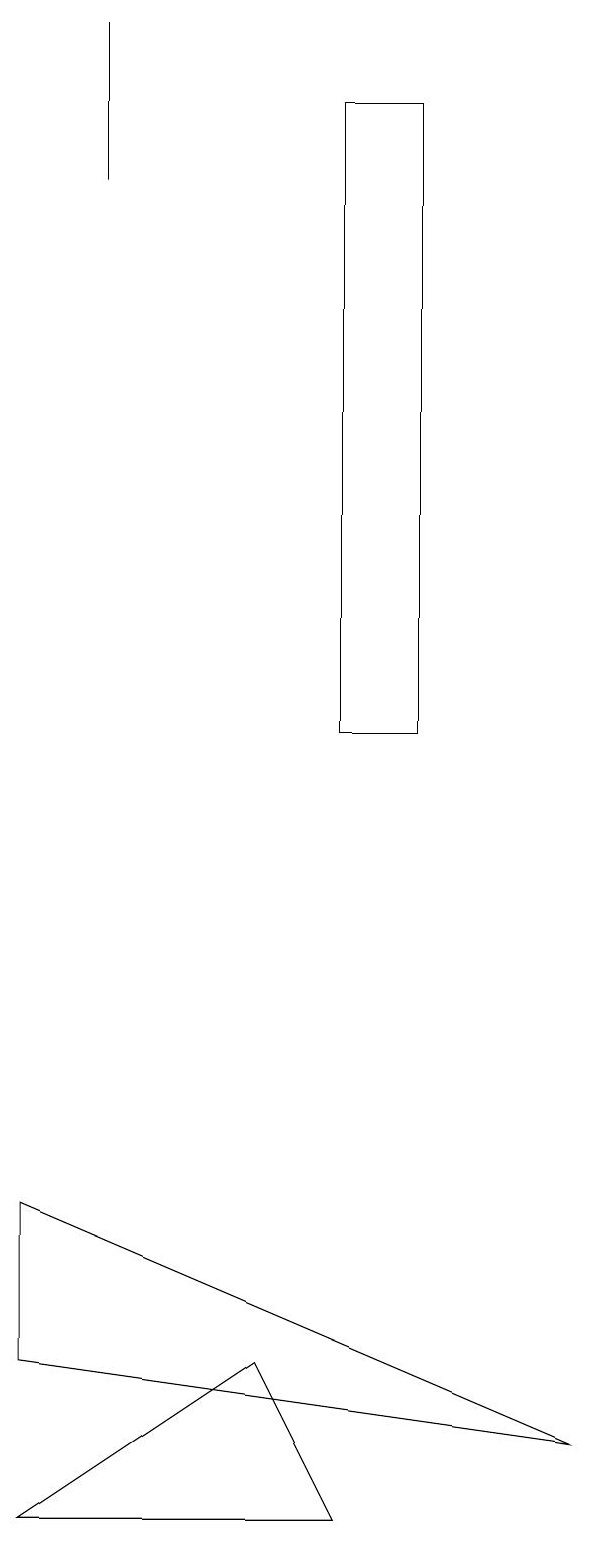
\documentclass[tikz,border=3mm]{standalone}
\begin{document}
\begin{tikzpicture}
\draw (5,10) rectangle (6,18);
\draw (1,0) -- (4,2) -- (5,0) -- cycle;
\draw (8,1) -- (1,4) -- (1,2) -- cycle;
\draw (2,17) rectangle (2,19);
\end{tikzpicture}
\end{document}